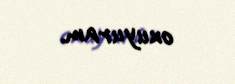
oxuyuram.